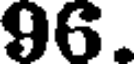
96.